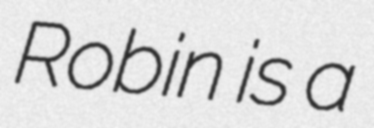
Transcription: Robin is a